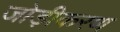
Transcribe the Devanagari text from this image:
जोड़ीकरण